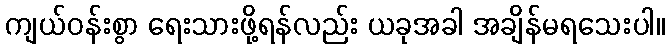
ကျယ်ဝန်းစွာ ရေးသားဖို့ရန်လည်း ယခုအခါ အချိန်မရသေးပါ။